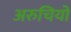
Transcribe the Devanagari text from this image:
अरुचियों